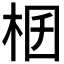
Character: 𣑟